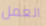
العمل